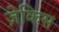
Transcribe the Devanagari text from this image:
ज़ेकिस